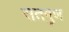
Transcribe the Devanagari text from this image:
सतगुण